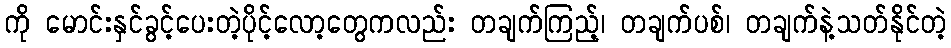
ကို မောင်းနှင်ခွင့်ပေးတဲ့ပိုင့်လော့တွေကလည်း တချက်ကြည့်၊ တချက်ပစ်၊ တချက်နဲ့သတ်နိုင်တဲ့